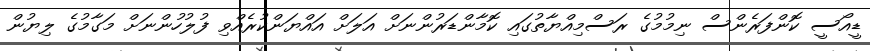
ޑީއޯސީ ކޮންފަރެންސް ނިމުމުގެ ރަސްމިއްޔާތުގައި ކޮމާންޑަރުންނަށް އަލަށް އައްޔަންކުރެއްވި ފުލުހުންނަށް މަގާމުގެ ލިޔުން